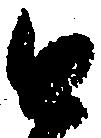
と